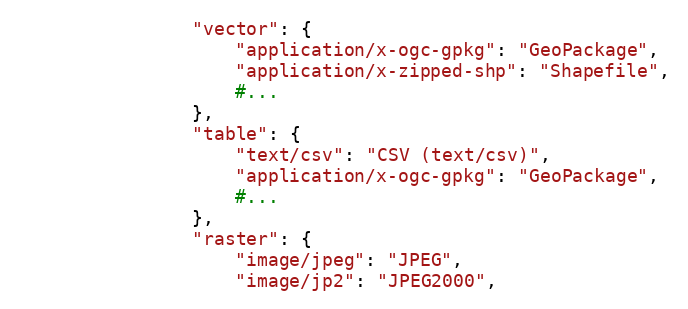
Language: Python
                "vector": {
                    "application/x-ogc-gpkg": "GeoPackage",
                    "application/x-zipped-shp": "Shapefile",
                    #...
                },
                "table": {
                    "text/csv": "CSV (text/csv)",
                    "application/x-ogc-gpkg": "GeoPackage",
                    #...
                },
                "raster": {
                    "image/jpeg": "JPEG",
                    "image/jp2": "JPEG2000",